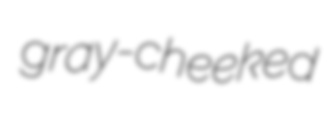
gray-cheeked